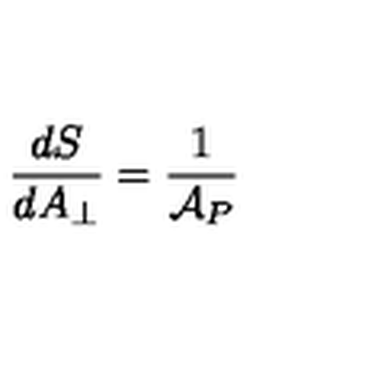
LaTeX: { \frac { d S } { d A _ { \perp } } } = { \frac { 1 } { { \cal A } _ { P } } }